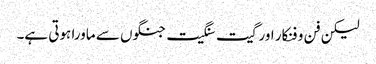
لیکن فن و فنکار اور گیت سنگیت جنگوں سے ماورا ہوتی ہے۔